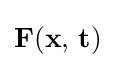
{\bf {F}}({\bf {x,\,t}})